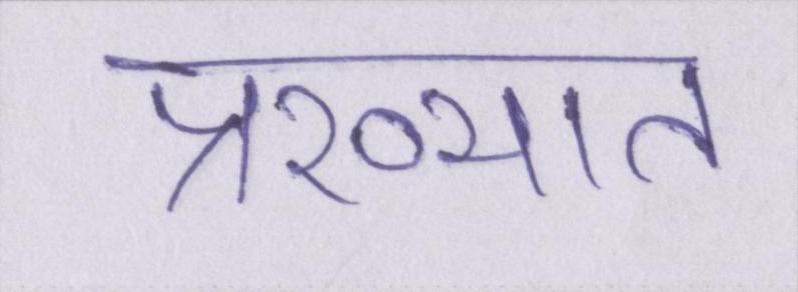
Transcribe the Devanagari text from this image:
प्रख्यात